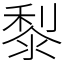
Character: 㴝